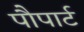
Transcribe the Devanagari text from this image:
पौपार्ट